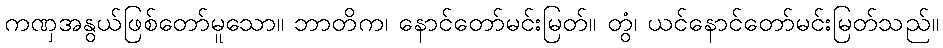
ကဏှအနွယ်ဖြစ်တော်မူသော။ ဘာတိက၊ နောင်တော်မင်းမြတ်။ တွံ၊ ယင်နောင်တော်မင်းမြတ်သည်။